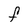
Character: F